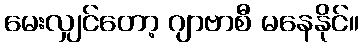
မေးလျှင်တော့ ဂျာဗာစီ မနေနိုင်။